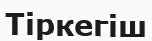
Тіркегіш